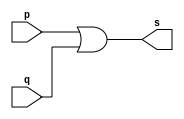
// -------------------------
// Exemplo0015 - OR
// Nome: Davidson Francis
// -------------------------

// -------------------------
// -- OR gate
// -------------------------

module orgate (output s, input p, input q);
  assign s = p | q;
endmodule

module orgate3 (output s, input p, input q, input r);
 wire temp;
 orgate OR1 (temp, p,q);
 assign s = temp | r;
endmodule

// -------------------------
// -- test or gate
// -------------------------

module testorgate;

// ------------------------- dados locais

reg a,b,c; // definir registrador
wire s; // definir conexao (fio)

// ------------------------- instancia
orgate3 OR2 (s, a,b,c);
// ------------------------- preparacao

initial begin:start
  a=0;b=0;c=0;
end

// ------------------------- parte principal

initial begin:main
               // execucao unitaria
  $display("Exemplo 0015 - DavidsonFrancis - 466499");
  $display("Test OR gate:"); 
  $display("\n(a | b)|c = s\n");
  $monitor("(%b | %b) | %b = %b", a,b,c, s);
 
  #1 a = 0; b = 0; c = 0;
  #1 a = 0; b = 0; c = 1;
  #1 a = 0; b = 1; c = 0;
  #1 a = 0; b = 1; c = 1;
  #1 a = 1; b = 0; c = 0;
  #1 a = 1; b = 0; c = 1;
  #1 a = 1; b = 1; c = 0;
  #1 a = 1; b = 1; c = 1;
  end
endmodule // testorgate